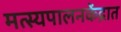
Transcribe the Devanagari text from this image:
मत्स्यपालनकेंद्रात